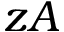
z A